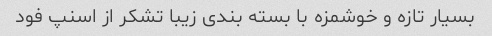
بسیار تازه و خوشمزه با بسته بندی زیبا تشکر از اسنپ فود